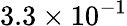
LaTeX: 3.3\times 10^{-1}